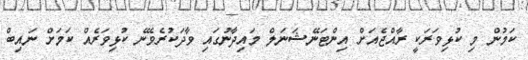
ކަމުން މި ކުޅިވަރަކީ ރާއްޖެއަށް އިންޓަނޭޝަނަލް މައިދާނުގައި ވާދަކުރެވޭނެ ކުޅިވަރެއް ކަމަށް ނައިބް